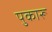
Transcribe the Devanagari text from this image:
पुकारू